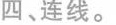
四、连线。